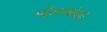
પીડાઓથી